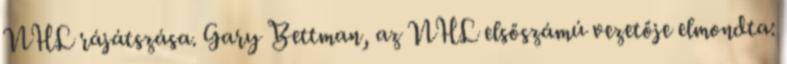
NHL rájátszása. Gary Bettman, az NHL elsőszámú vezetője elmondta: